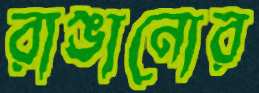
রাঙানোর